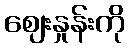
ဈေးနှုန်းကို